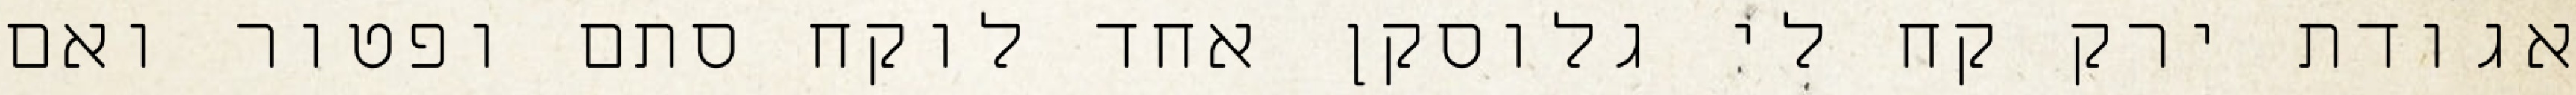
אגודת ירק קח לי גלוסקן אחד לוקח סתם ופטור ואם